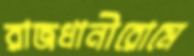
রাজধানীরোমে